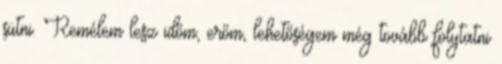
sütni. Remélem lesz időm, erőm, lehetőségem még tovább folytatni